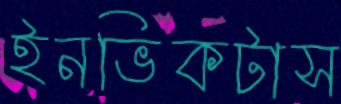
ইনভিকটাস